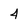
Character: 4